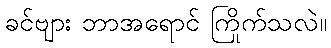
ခင်ဗျား ဘာအရောင် ကြိုက်သလဲ။